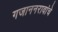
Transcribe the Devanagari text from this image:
गजाननरावांचे